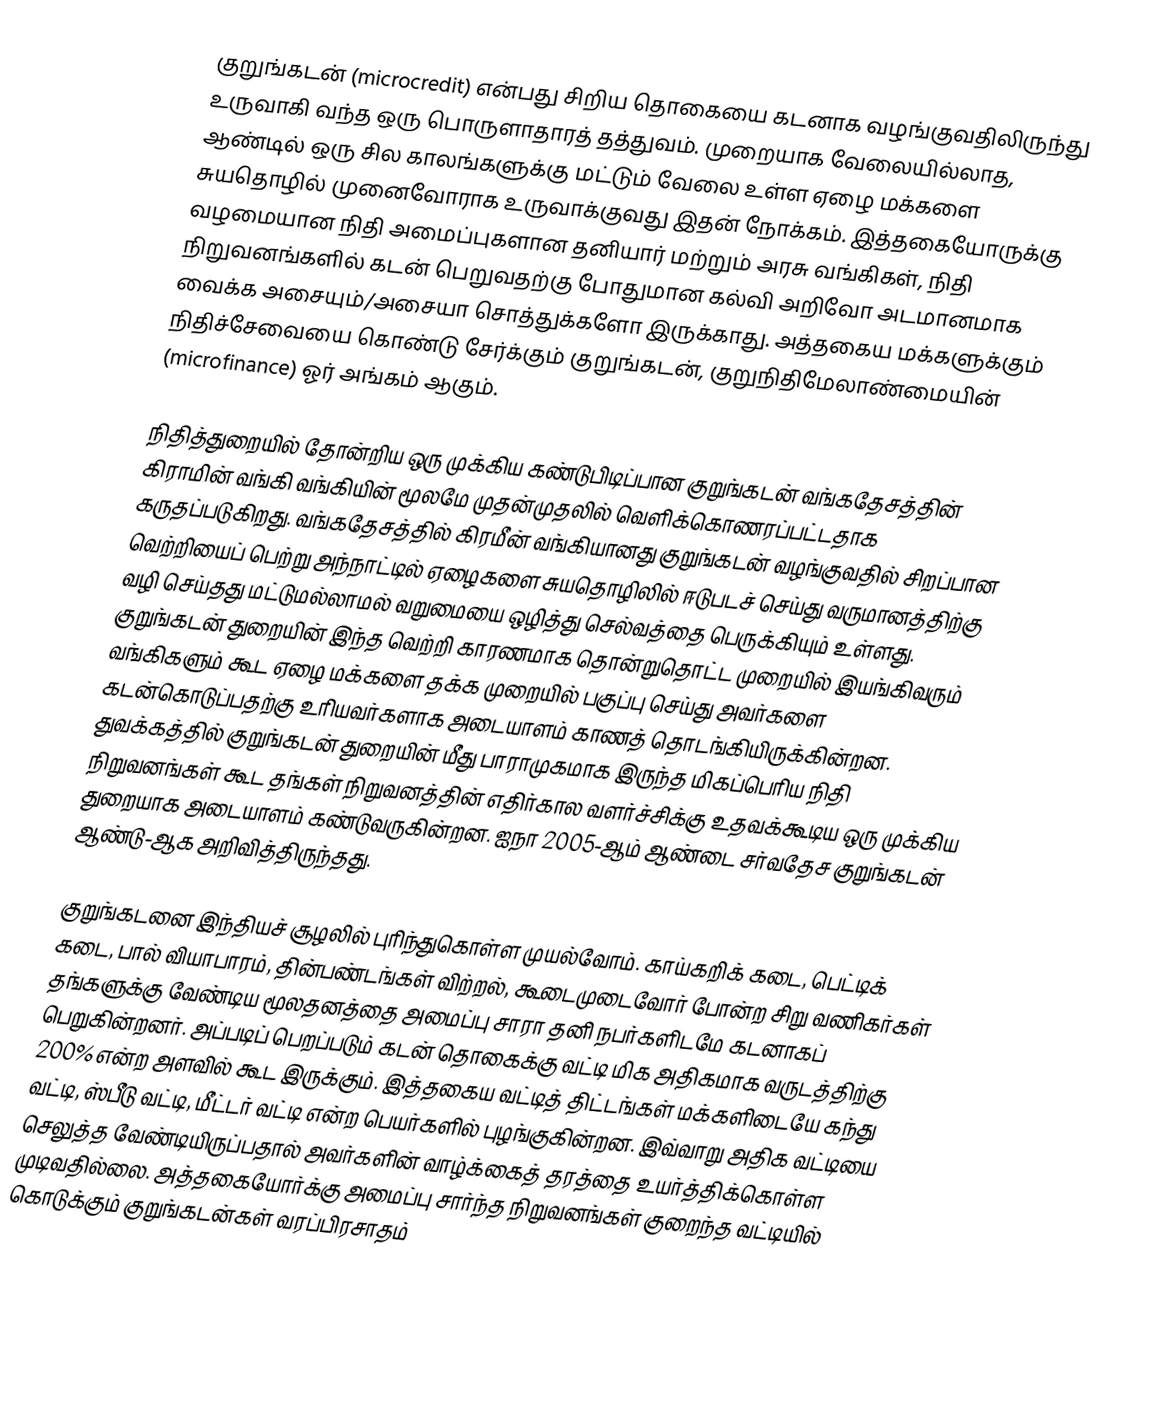
குறுங்கடன் (microcredit) என்பது சிறிய தொகையை கடனாக வழங்குவதிலிருந்து உருவாகி வந்த ஒரு பொருளாதாரத் தத்துவம். முறையாக வேலையில்லாத, ஆண்டில் ஒரு சில காலங்களுக்கு மட்டும் வேலை உள்ள ஏழை மக்களை சுயதொழில் முனைவோராக உருவாக்குவது இதன் நோக்கம். இத்தகையோருக்கு வழமையான நிதி அமைப்புகளான தனியார் மற்றும் அரசு வங்கிகள், நிதி நிறுவனங்களில் கடன் பெறுவதற்கு போதுமான கல்வி அறிவோ அடமானமாக வைக்க அசையும்/அசையா சொத்துக்களோ இருக்காது. அத்தகைய மக்களுக்கும் நிதிச்சேவையை கொண்டு சேர்க்கும் குறுங்கடன், குறுநிதிமேலாண்மையின் (microfinance) ஓர் அங்கம் ஆகும்.

நிதித்துறையில் தோன்றிய ஒரு முக்கிய கண்டுபிடிப்பான குறுங்கடன் வங்கதேசத்தின் கிராமின் வங்கி வங்கியின் மூலமே முதன்முதலில் வெளிக்கொணரப்பட்டதாக கருதப்படுகிறது. வங்கதேசத்தில் கிரமீன் வங்கியானது குறுங்கடன் வழங்குவதில் சிறப்பான வெற்றியைப் பெற்று அந்நாட்டில் ஏழைகளை சுயதொழிலில் ஈடுபடச் செய்து வருமானத்திற்கு வழி செய்தது மட்டுமல்லாமல் வறுமையை ஒழித்து செல்வத்தை பெருக்கியும் உள்ளது. குறுங்கடன் துறையின் இந்த வெற்றி காரணமாக தொன்றுதொட்ட முறையில் இயங்கிவரும் வங்கிகளும் கூட ஏழை மக்களை தக்க முறையில் பகுப்பு செய்து அவர்களை கடன்கொடுப்பதற்கு உரியவர்களாக அடையாளம் காணத் தொடங்கியிருக்கின்றன. துவக்கத்தில் குறுங்கடன் துறையின் மீது பாராமுகமாக இருந்த மிகப்பெரிய நிதி நிறுவனங்கள் கூட தங்கள் நிறுவனத்தின் எதிர்கால வளர்ச்சிக்கு உதவக்கூடிய ஒரு முக்கிய துறையாக அடையாளம் கண்டுவருகின்றன. ஐநா 2005-ஆம் ஆண்டை சர்வதேச குறுங்கடன் ஆண்டு-ஆக அறிவித்திருந்தது.

குறுங்கடனை இந்தியச் சூழலில் புரிந்துகொள்ள முயல்வோம். காய்கறிக் கடை, பெட்டிக் கடை, பால் வியாபாரம், தின்பண்டங்கள் விற்றல், கூடைமுடைவோர் போன்ற சிறு வணிகர்கள் தங்களுக்கு வேண்டிய மூலதனத்தை அமைப்பு சாரா தனி நபர்களிடமே கடனாகப் பெறுகின்றனர். அப்படிப் பெறப்படும் கடன் தொகைக்கு வட்டி மிக அதிகமாக வருடத்திற்கு 200% என்ற அளவில் கூட இருக்கும். இத்தகைய வட்டித் திட்டங்கள் மக்களிடையே கந்து வட்டி, ஸ்பீடு வட்டி, மீட்டர் வட்டி என்ற பெயர்களில் புழங்குகின்றன. இவ்வாறு அதிக வட்டியை செலுத்த வேண்டியிருப்பதால் அவர்களின் வாழ்க்கைத் தரத்தை உயர்த்திக்கொள்ள முடிவதில்லை. அத்தகையோர்க்கு அமைப்பு சார்ந்த நிறுவனங்கள் குறைந்த வட்டியில் கொடுக்கும் குறுங்கடன்கள் வரப்பிரசாதம்